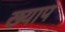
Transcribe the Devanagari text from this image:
ख्याप